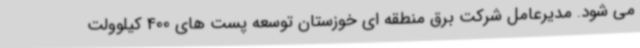
می شود. مدیرعامل شرکت برق منطقه ای خوزستان توسعه پست های 400 کیلوولت